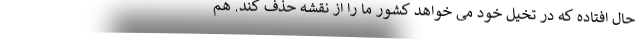
حال افتاده که در تخیل خود می خواهد کشور ما را از نقشه حذف کند. هم